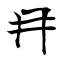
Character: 冄